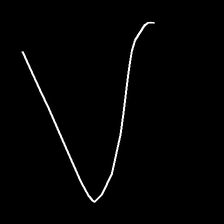
Glyph: region